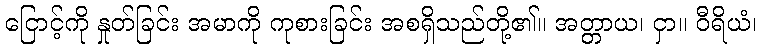
ငြောင့်ကို နှုတ်ခြင်း အမာကို ကုစားခြင်း အစရှိသည်တို့၏။ အတ္တာယ၊ ငှာ။ ဝီရိယံ၊